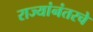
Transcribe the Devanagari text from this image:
राज्यांनंतरचे